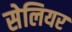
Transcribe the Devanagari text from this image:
सेलियर